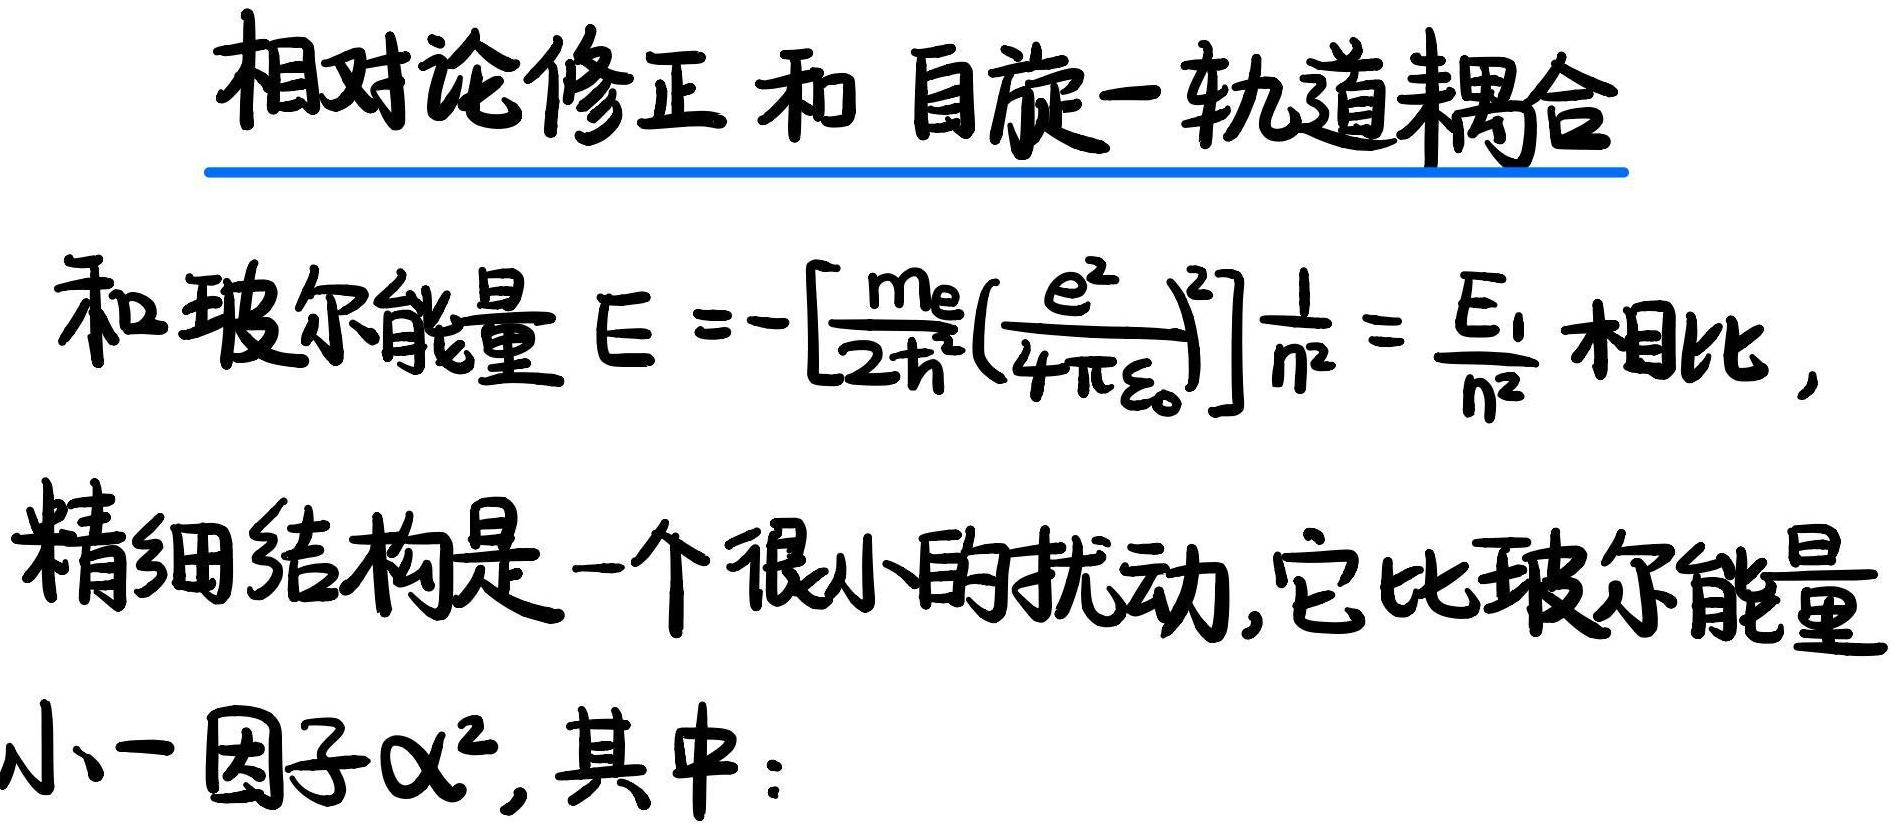
相对论修正和自旋 - 轨道耦合

和玻尔能量 $E = - \left[ \frac{m_e}{2 \hbar^2} \left( \frac{e^2}{4 \pi \varepsilon_0} \right)^2 \right] \frac{1}{n^2} = \frac{E_1}{n^2}$ 相比，

精细结构是一个很小的扰动，它比玻尔能量

小一因子 $\alpha^2$，其中：